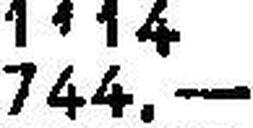
744.—